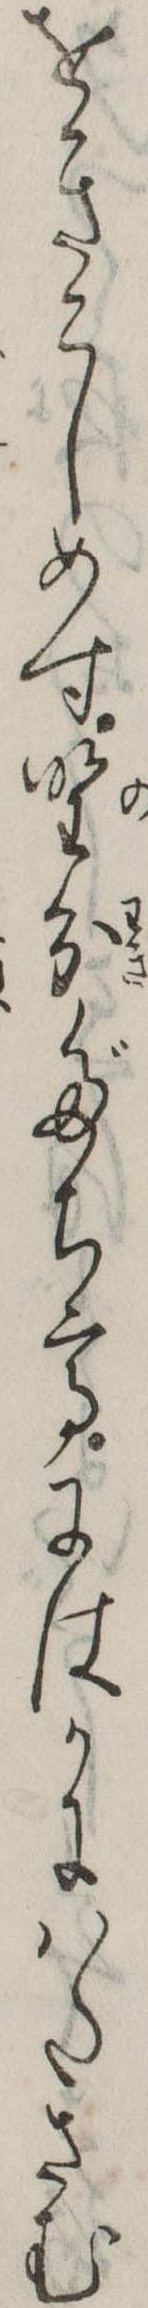
をきこしめす野分だちてにはかにはたさむ